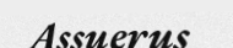
Assuerus